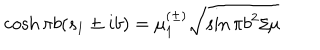
\cosh \pi b ( s _ { 1 } \pm i b ) = \mu _ { 1 } ^ { ( \pm ) } \sqrt { \sin \pi b ^ { 2 } / \mu }